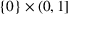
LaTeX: \{ 0 \} \times ( 0 , 1 ]